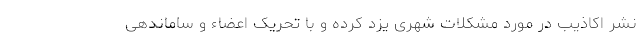
نشر اکاذیب در مورد مشکلات شهری یزد کرده و با تحریک اعضاء و ساماندهی